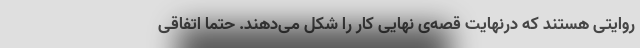
روایتی هستند که درنهایت قصه‌ی نهایی کار را شکل می‌دهند. حتما اتفاقی